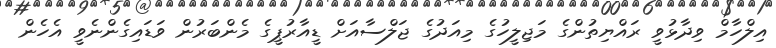
އިލްހާމް ވިދާޅުވީ ރައްޔިތުންގެ މަޖިލީހުގެ މިއަދުގެ ޖަލްސާއަށް ޑީއާރުޕީގެ މެންބަރުން ވަޑައިގެންނެވީ އެހެން